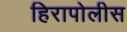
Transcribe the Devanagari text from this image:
हिरापोलीस